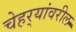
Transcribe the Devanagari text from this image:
चेहर्‍यांवरील